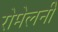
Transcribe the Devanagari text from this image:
रोमेलनी